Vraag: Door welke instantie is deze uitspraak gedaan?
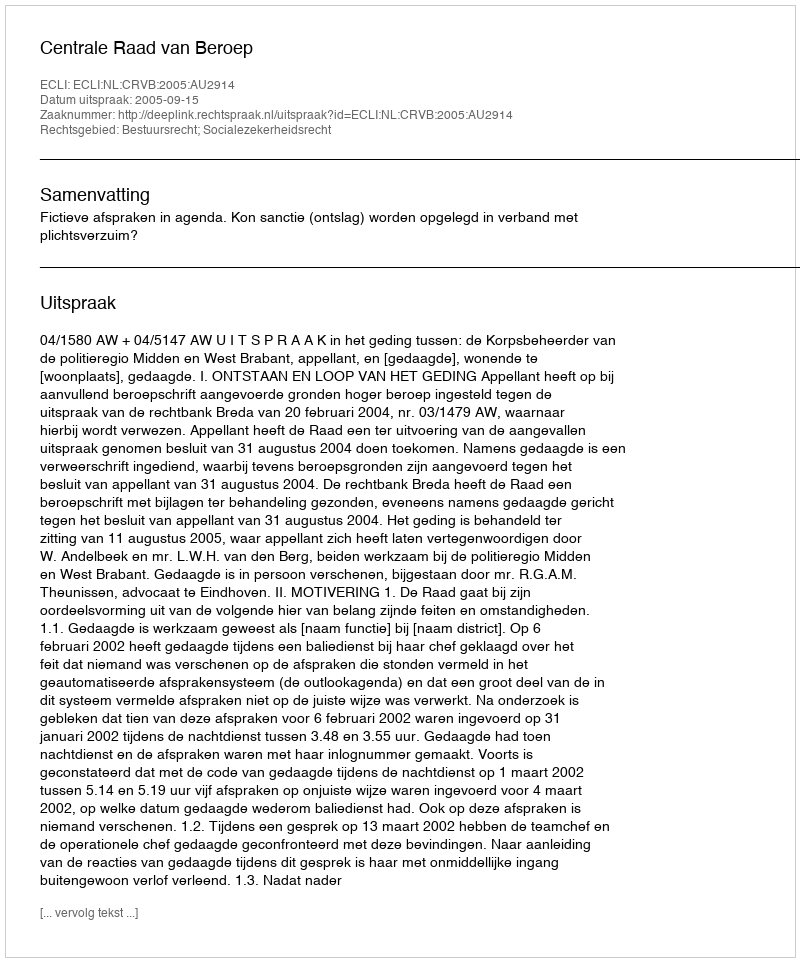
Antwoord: Centrale Raad van Beroep